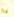
يا